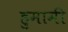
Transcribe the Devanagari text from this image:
हुमामी